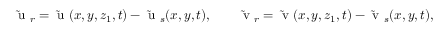
\mathrm { ~ { \widetilde { u } } ~ } _ { r } = \mathrm { ~ { \widetilde { u } } ~ } ( x , y , z _ { 1 } , t ) - \mathrm { ~ { \widetilde { u } } ~ } _ { s } ( x , y , t ) , \qquad \mathrm { ~ { \widetilde { v } } ~ } _ { r } = \mathrm { ~ { \widetilde { v } } ~ } ( x , y , z _ { 1 } , t ) - \mathrm { ~ { \widetilde { v } } ~ } _ { s } ( x , y , t ) ,